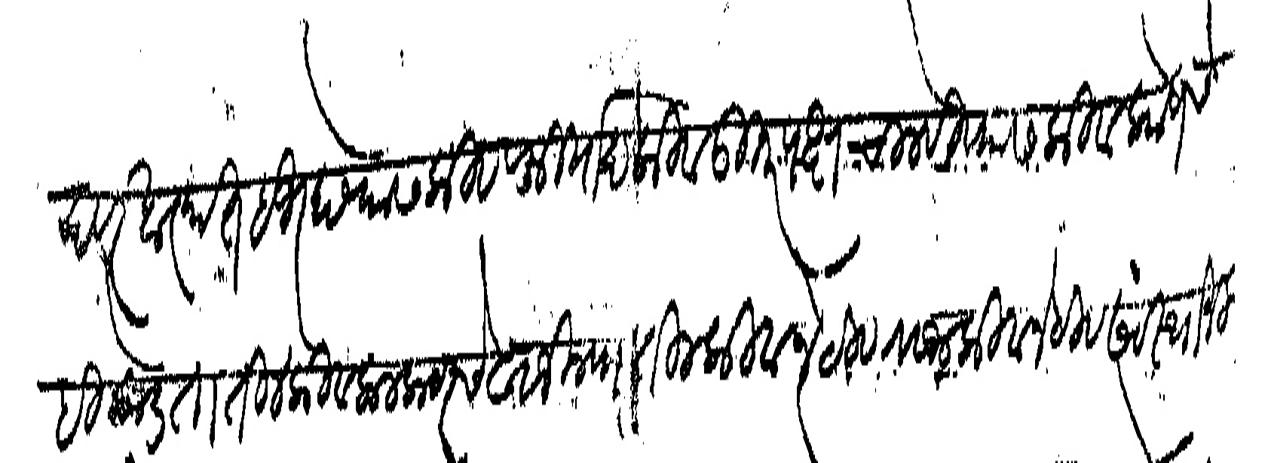
Transliteration (Devanagari): रजेष्टर खात्यात हजर होण्यास किवा फिर्याद किवा उतरपक्ष चालविण्यास किवा कोणचे हो कोडतातील किवा कलकटरचे खजिन्यातील किवा नेटिव राजा किवा नेटिव संवस्थान